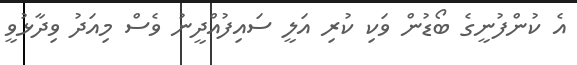
އެ ކުންފުނީގެ ބޯޑުން ވަކި ކުރި އަލީ ސައިފުއްދީނު ވެސް މިއަދު ވިދާޅުވީ